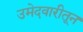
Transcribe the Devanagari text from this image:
उमेदवारीतून